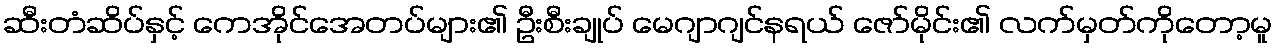
ဆီးတံဆိပ်နှင့် ကေအိုင်အေတပ်များ၏ ဦးစီးချုပ် မေဂျာဂျင်နရယ် ဇော်မိုင်း၏ လက်မှတ်ကိုတော့မူ